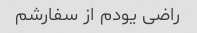
راضی یودم از سفارشم